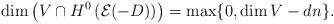
LaTeX: \begin{align*} \dim \left( V \cap H^0\left( \mathcal{E}(-D) \right)\right) = \max\{0, \dim V - d n \}. \end{align*}